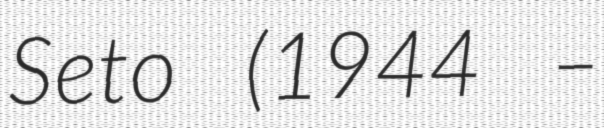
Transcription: Seto (1944 –